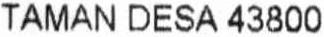
TAMAN DESA 43800